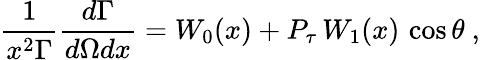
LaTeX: \frac{1}{x^{2}\Gamma}\frac{d\Gamma}{d\Omega dx}=W_{0}(x)+P_{\tau}\, W_{1}(x)\, \cos\theta~,